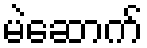
မဲဆောက်